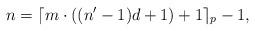
LaTeX: \begin{align*}n=\lceil m\cdot ((n'-1)d+1)+1\rceil_p -1,\end{align*}